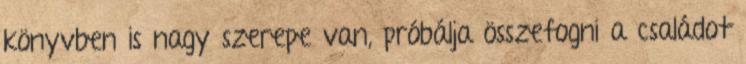
könyvben is nagy szerepe van, próbálja összefogni a családot